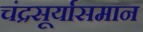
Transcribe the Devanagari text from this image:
चंद्रसूर्यासमान